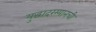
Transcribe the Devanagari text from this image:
युद्धादरम्यानची